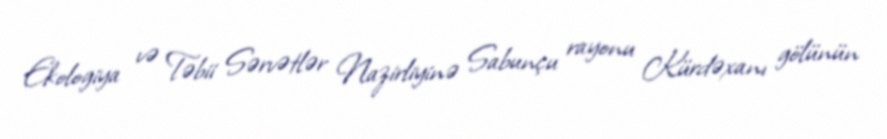
Ekologiya və Təbii Sərvətlər Nazirliyinə Sabunçu rayonu Kürdəxanı gölünün